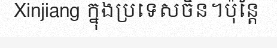
Xinjiang ក្នុងប្រទេសចិន។ប៉ុន្តែ